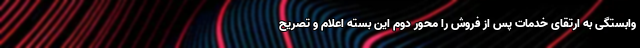
وابستگی به ارتقای خدمات پس از فروش را محور دوم این بسته اعلام و تصریح